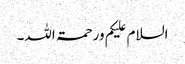
السلام علیکم ورحمۃ اللہ۔